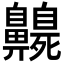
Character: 𪖻